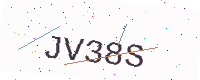
Text: JV38S